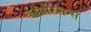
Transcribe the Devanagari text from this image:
कॉर्पोरेशन्‍स